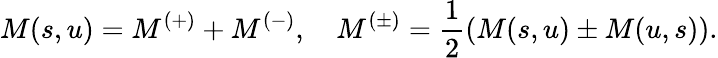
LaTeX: M(s,u)=M^{(+)}+M^{(-)},~~~~M^{(\pm)}=\frac 12\left(M(s,u)\pm M(u,s)\right).